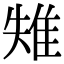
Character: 𨾤